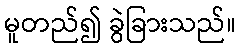
မူတည်၍ ခွဲခြားသည်။